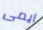
ايمى